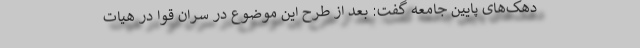
دهک‌های پایین جامعه گفت: بعد از طرح این موضوع در سران قوا در هیات